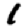
Digit: 1